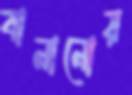
বানানোয়